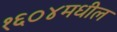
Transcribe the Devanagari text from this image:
१६०४मधील